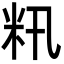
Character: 籸